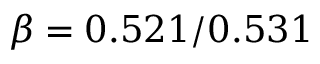
\beta = 0 . 5 2 1 / 0 . 5 3 1